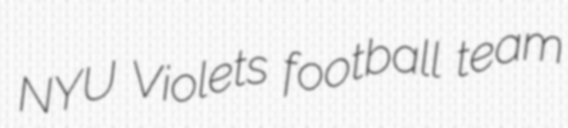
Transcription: NYU Violets football team